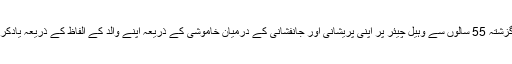
نسیمہ گزشتہ 55 سالوں سے وہیل چیئر پر اپنی پریشانی اور جانفشانی کے درمیان خاموشی کے ذریعہ اپنے والد کے الفاظ کے ذریعہ یادکرتی ہیں۔